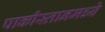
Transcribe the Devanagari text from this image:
पाकीस्तानमध्ये